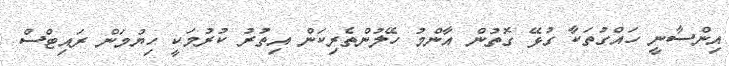
އިންސާނީ ހައްގުތަކާ ގުޅޭ ގޮތުން އާންމު ހޭލުންތެރިކަން އިތުރު ކުރުމަކީ ހިޔުމަން ރައިޓްސް